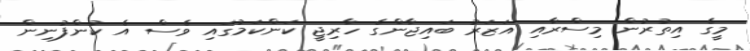
މީގެ އިތުރުން މިސްރާއި އަޒަރު ބައިޖާންގެ ހާރިޖީ ކަންކަމުގައި ވެސް އެ ކުންފުނިން